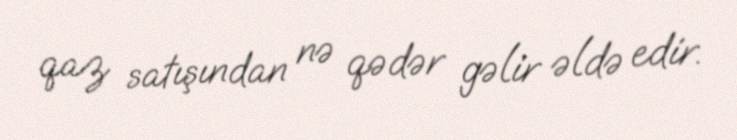
qaz satışından nə qədər gəlir əldə edir.